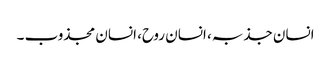
انسان جذبہ، انسان روح، انسان مجذوب ۔